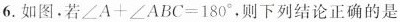
6.如图.若$$∠ A + ∠ A B C = 1 8 0 °$$，则下列结论正确的是